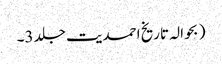
( بحوالہ تاریخ احمدیت جلد 3۔